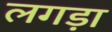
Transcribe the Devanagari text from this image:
लगड़ा